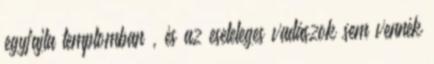
egyfajta templomban , és az eseteleges vadászok sem vennék